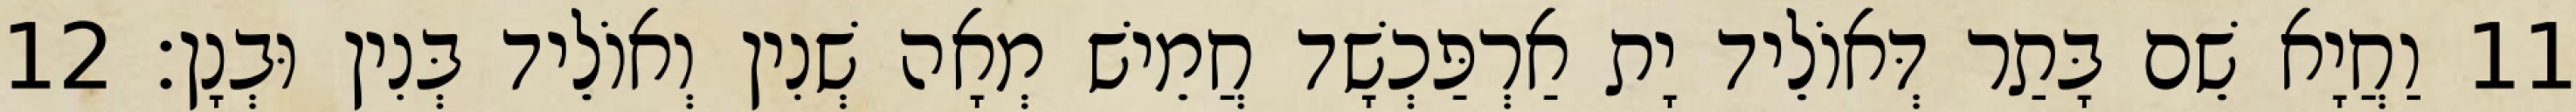
11 וַחֲיָא שֵׁם בָּתַר דְּאוֹלֵיד יָת אַרְפַּכְשָׁד חֲמֵישׁ מְאָה שְׁנִין וְאוֹלֵיד בְּנִין וּבְנָן׃ 12